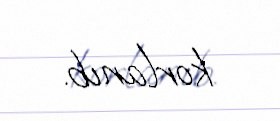
korlanıb.